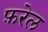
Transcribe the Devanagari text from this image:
फ़रेल